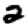
Digit: 2